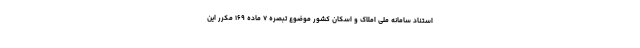
استناد سامانه ملی املاک و اسکان کشور موضوع تبصره ۷ ماده ۱۶۹ مکرر این